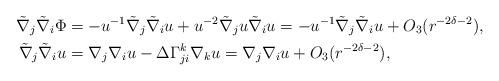
LaTeX: \begin{align*}\tilde{\nabla}_j\tilde{\nabla}_i\Phi&=-u^{-1}\tilde{\nabla}_j\tilde{\nabla}_iu + u^{-2}\tilde{\nabla}_j u \tilde{\nabla}_i u=-u^{-1}\tilde{\nabla}_j\tilde{\nabla}_iu + O_3(r^{-2\delta - 2}),\\\tilde{\nabla}_j\tilde{\nabla}_iu&=\nabla_j\nabla_iu - \Delta\Gamma^k_{ji}\nabla_ku=\nabla_j\nabla_iu + O_3(r^{-2\delta-2}),\end{align*}